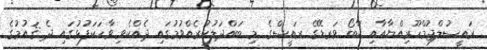
ރައީސުލްޖުމްހޫރިއްޔާއާއި ކާބޯ ވަރޑޭގެ ރައީސްގެ މި ބައްދަލުކުރެއްވުމުގައި ދެއްކެވި ވާހަކަފުޅުގައި ދެ ޤައުމުގެ